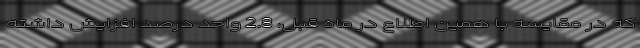
که در مقایسه با همین اطلاع در ماه قبل، 2.8 واحد درصد افزایش داشته